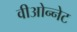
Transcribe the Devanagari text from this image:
वीओन्नेट